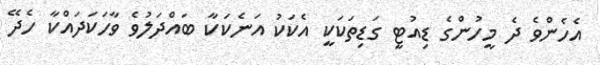
އެހެންވެ ދެ މީހުންގެ ޑިއުޓީ ގަޑިތަކަކީ އެކަކު އަނެކަކާ ބައްދަލުވެ ވާހަކަދައްކާ ހެދޭ